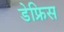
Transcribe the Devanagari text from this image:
डेफ्रिस